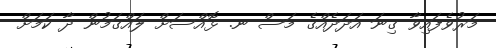
މަރުވެފައިވާ ގިނަ އަދަދެއްގެ މަސް ނ. ޅޮއްސަށް ލައްގަމުން ދާ ކަމަށް